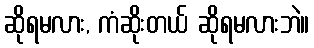
ဆိုရမလား, ကံဆိုးတယ် ဆိုရမလားဘဲ။